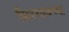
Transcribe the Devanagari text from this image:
शिरगावच्या